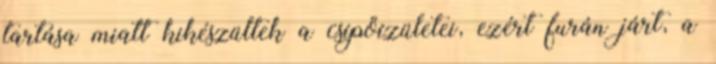
tartása miatt kikészültek a csípőízületei, ezért furán járt, a